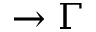
\rightarrow \Gamma